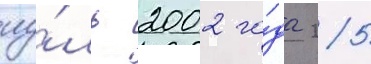
иу́ль 2002 го́да 25